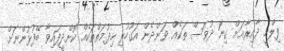
ފިލްމީ ދާއިރާއަށް ގިނަ ދުވަސް ތަކެއް ވަންދެން އަގުހުރި ހިދުމަތްތަކެއް ކޮށްދީފައިވާ ބޭފުޅުންނަށް